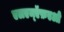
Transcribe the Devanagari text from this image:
एलएम्ऍफ़एओ